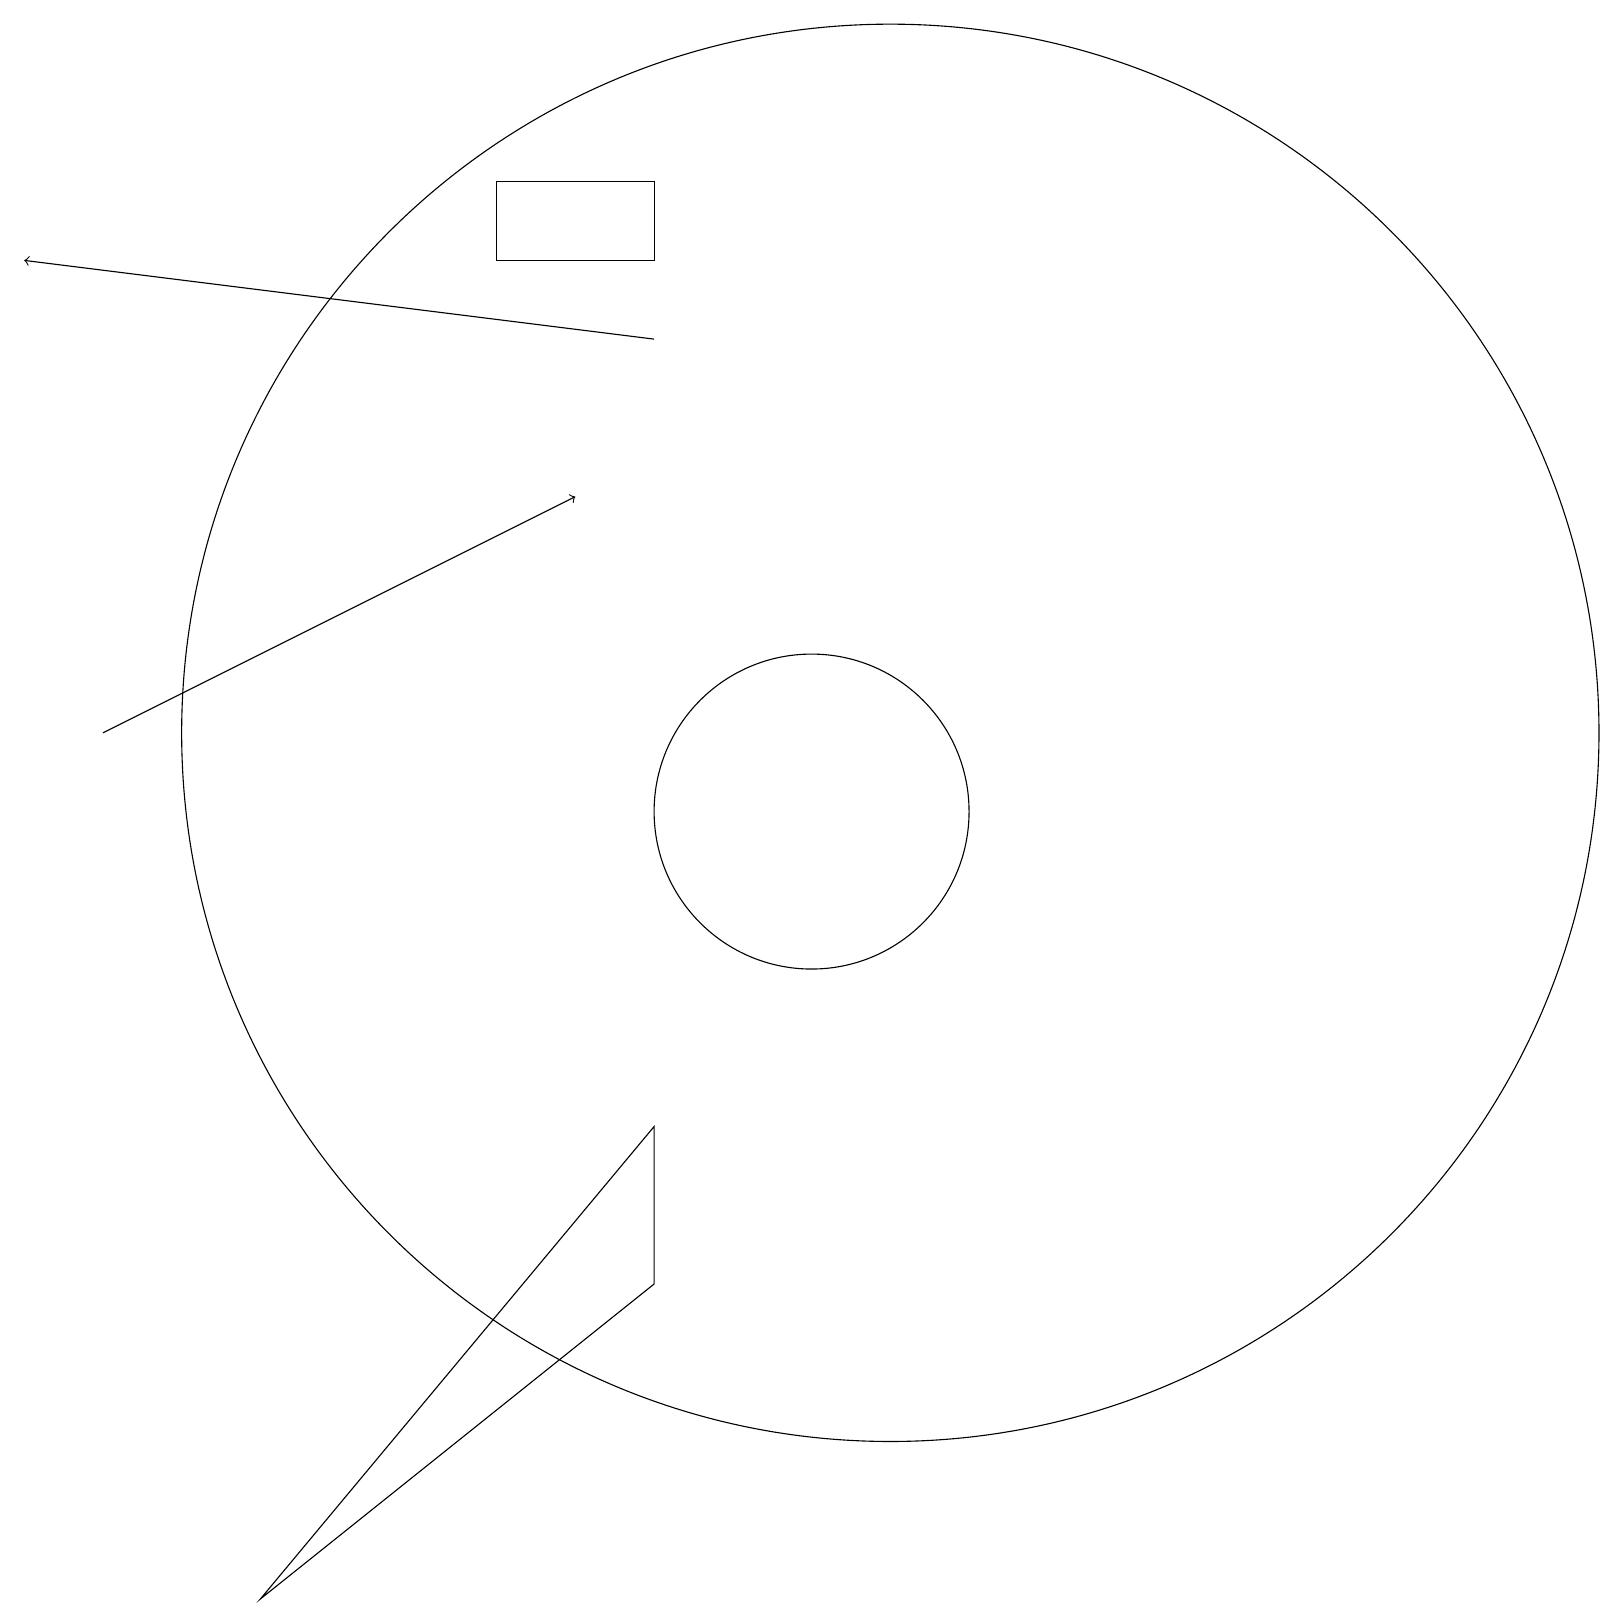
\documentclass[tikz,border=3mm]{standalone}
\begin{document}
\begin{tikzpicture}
\draw (9,4) -- (9,6) -- (4,0) -- cycle;
\draw (12,11) circle (9);
\draw[->] (9,16) -- (1,17);
\draw (11,10) circle (2);
\draw (7,17) rectangle (9,18);
\draw (10,12) circle (0);
\draw[->] (2,11) -- (8,14);
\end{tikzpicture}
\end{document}